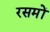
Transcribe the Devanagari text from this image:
रसमों